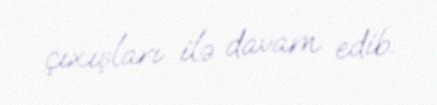
çıxışları ilə davam edib.